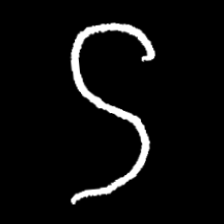
Pyu character \u2014 Myanmar letter: ဌ (romanized: ttha)